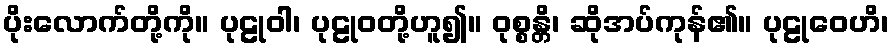
ပိုးလောက်တို့ကို။ ပုဠုဝါ၊ ပုဠုဝတို့ဟူ၍။ ဝုစ္စန္တိ၊ ဆိုအပ်ကုန်၏။ ပုဠုဝေဟိ၊